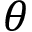
\theta